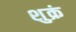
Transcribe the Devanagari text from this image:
शुक्रं